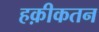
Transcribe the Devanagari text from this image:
हक़ीकतन